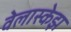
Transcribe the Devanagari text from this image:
वेलास्केझ